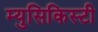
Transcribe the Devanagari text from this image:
म्युसिकिस्टी